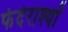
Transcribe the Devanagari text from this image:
फेदेराश्यों